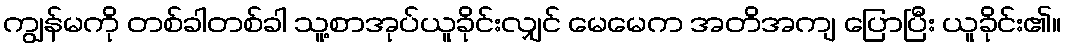
ကျွန်မကို တစ်ခါတစ်ခါ သူ့စာအုပ်ယူခိုင်းလျှင် မေမေက အတိအကျ ပြောပြီး ယူခိုင်း၏။